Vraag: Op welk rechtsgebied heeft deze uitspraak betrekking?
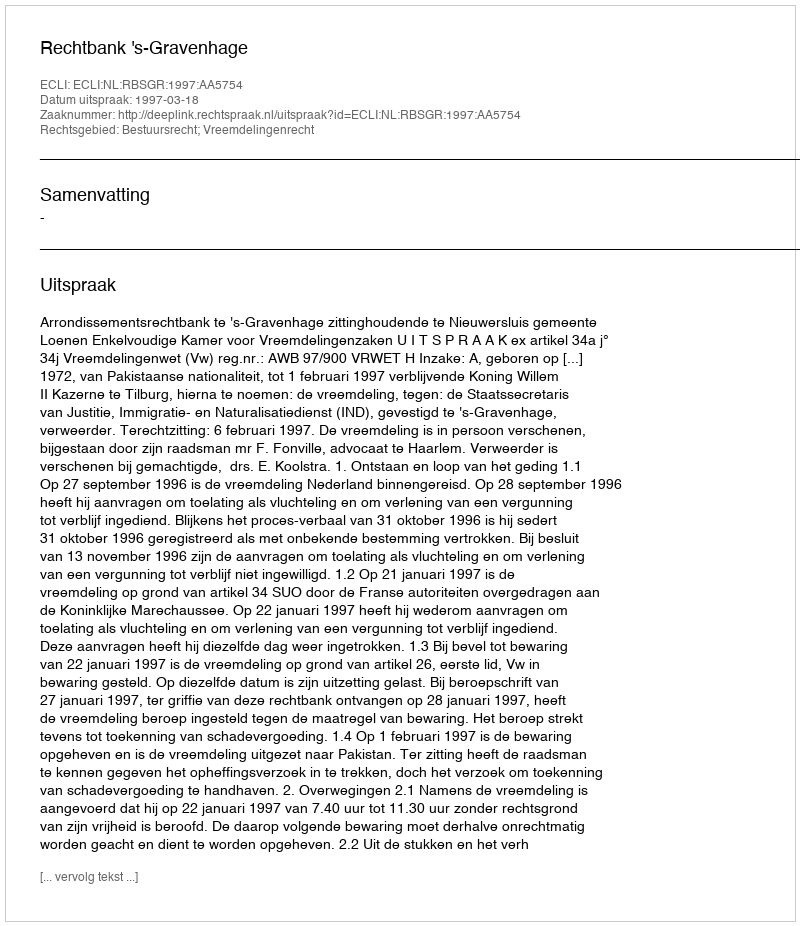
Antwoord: Bestuursrecht; Vreemdelingenrecht